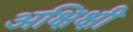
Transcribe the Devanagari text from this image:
अक्षिक्षी